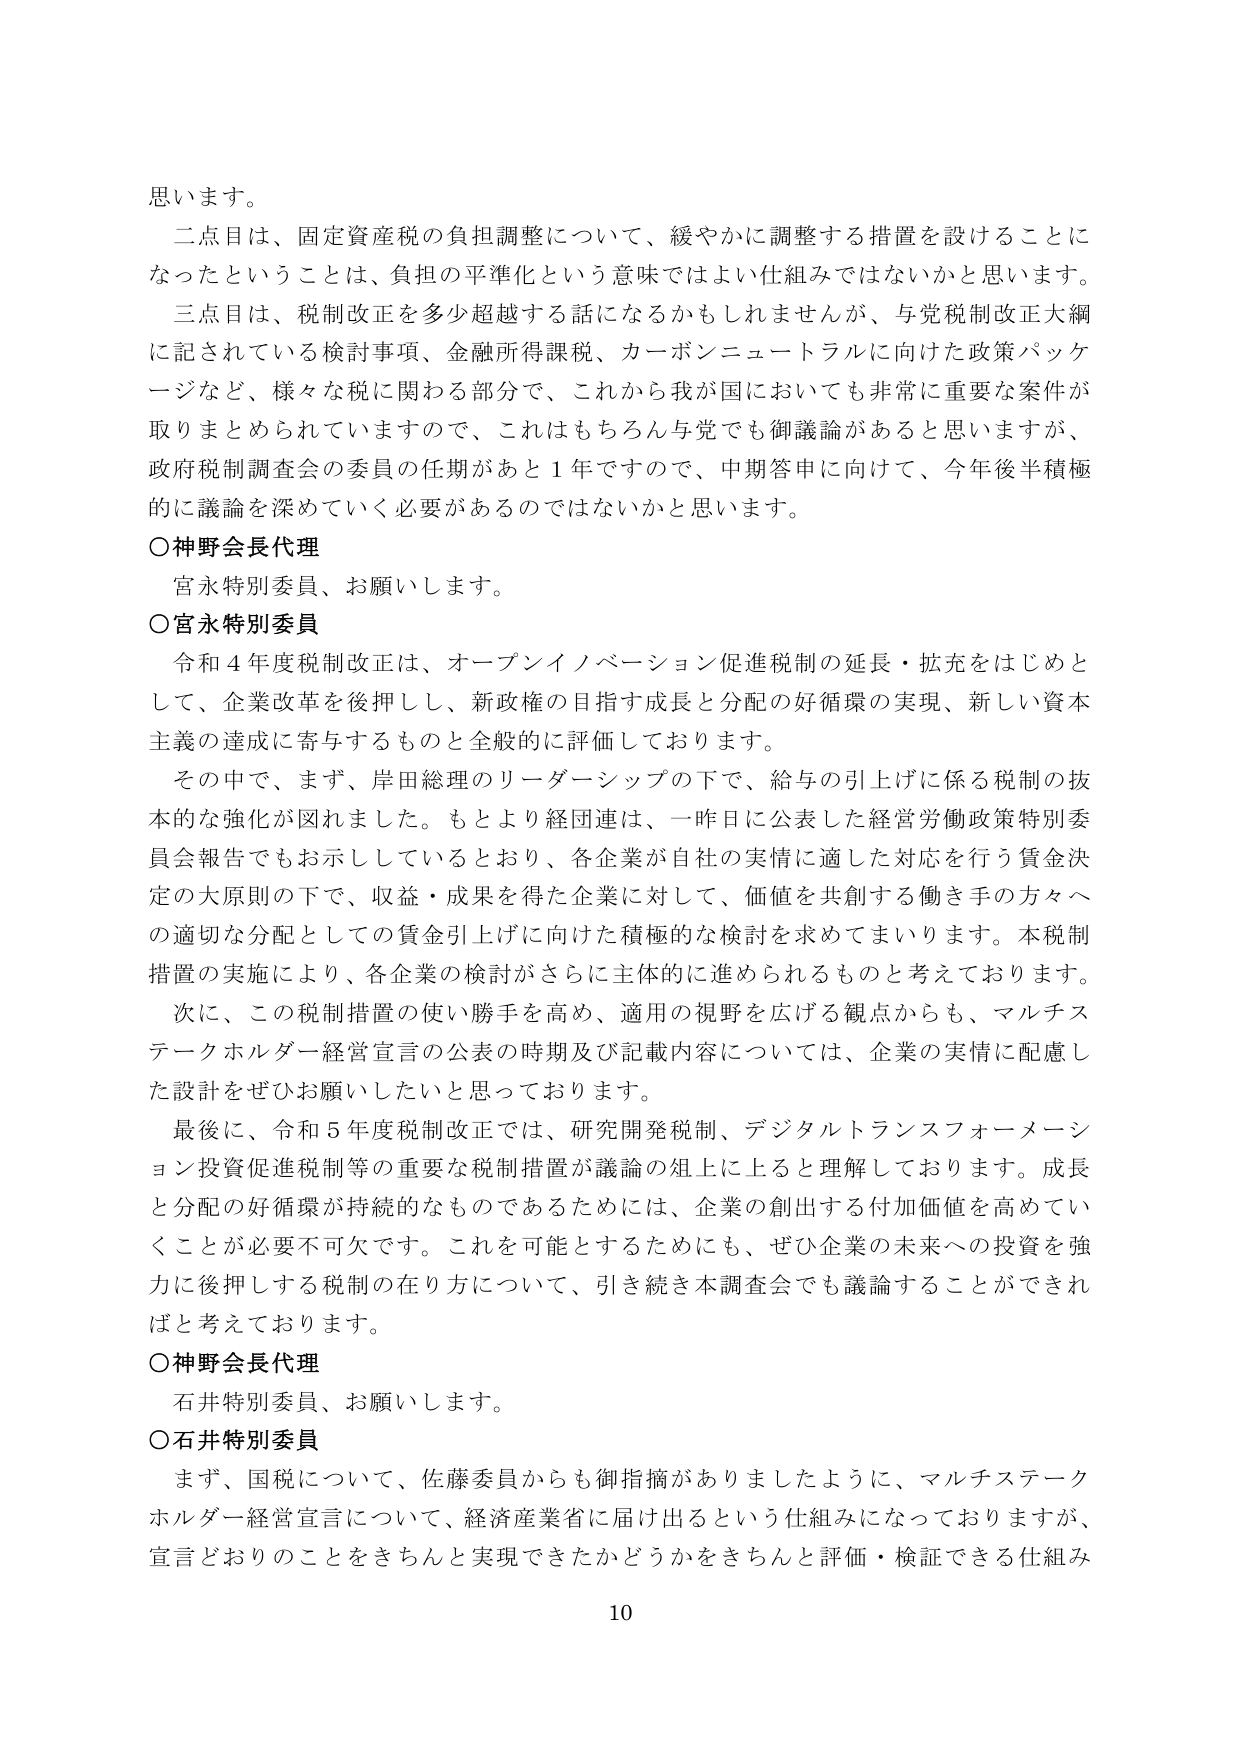
思います。

二点目は、固定資産税の負担調整について、緩やかに調整する措置を設けることになったということは、負担の平準化という意味ではよい仕組みではないかと思います。

三点目は、税制改正を多少超越する話になるかもしれませんが、与党税制改正大綱に記されている検討事項、金融所得課税、カーボンニュートラルに向けた政策パッケージなど、様々な税に関わる部分で、これから我が国においても非常に重要な案件が取りまとめられていますので、これはもちろん与党でも御議論があると思いますが、政府税制調査会の委員の任期があと１年ですので、中期答申に向けて、今年後半積極的に議論を深めていく必要があるのではないかと思います。

○神野会長代理
宮永特別委員、お願いします。

○宮永特別委員
令和４年度税制改正は、オープンイノベーション促進税制の延長・拡充をはじめとして、企業改革を後押しし、新政権の目指す成長と分配の好循環の実現、新しい資本主義の達成に寄与するものと全般的に評価しております。

その中で、まず、岸田総理のリーダーシップの下で、給与の引上げに係る税制の抜本的な強化が図れました。もとより経団連は、一昨日に公表した経営労働政策特別委員会報告でもお示ししているとおり、各企業が自社の実情に適した対応を行う賃金決定の大原則の下で、収益・成果を得た企業に対して、価値を共創する働き手の方々への適切な分配としての賃金引上げに向けた積極的な検討を求めてまいります。本税制措置の実施により、各企業の検討がさらに主体的に進められるものと考えております。

次に、この税制措置の使い勝手を高め、適用の視野を広げる観点からも、マルチステークホルダー経営宣言の公表の時期及び記載内容については、企業の実情に配慮した設計をぜひお願いしたいと思っております。

最後に、令和５年度税制改正では、研究開発税制、デジタルトランスフォーメーション投資促進税制等の重要な税制措置が議論の俎上に上ると理解しております。成長と分配の好循環が持続なものであるためには、企業の創出する付加価値を高めていくことが必要不可欠です。これを可能とするためにも、ぜひ企業の未来への投資を強力に後押しする税制の在り方について、引き続き本調査会でも議論することができればと考えております。

○神野会長代理
石井特別委員、お願いします。

○石井特別委員
まず、国税について、佐藤委員からも御指摘がありましたように、マルチステークホルダー経営宣言について、経済産業省に届け出るという仕組みになっておりますが、宣言どおりのことをきちんと実現できたかどうかをきちんと評価・検証できる仕組み

10